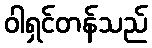
ဝါရှင်တန်သည်